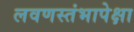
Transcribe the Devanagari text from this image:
लवणस्तंभापेक्षा